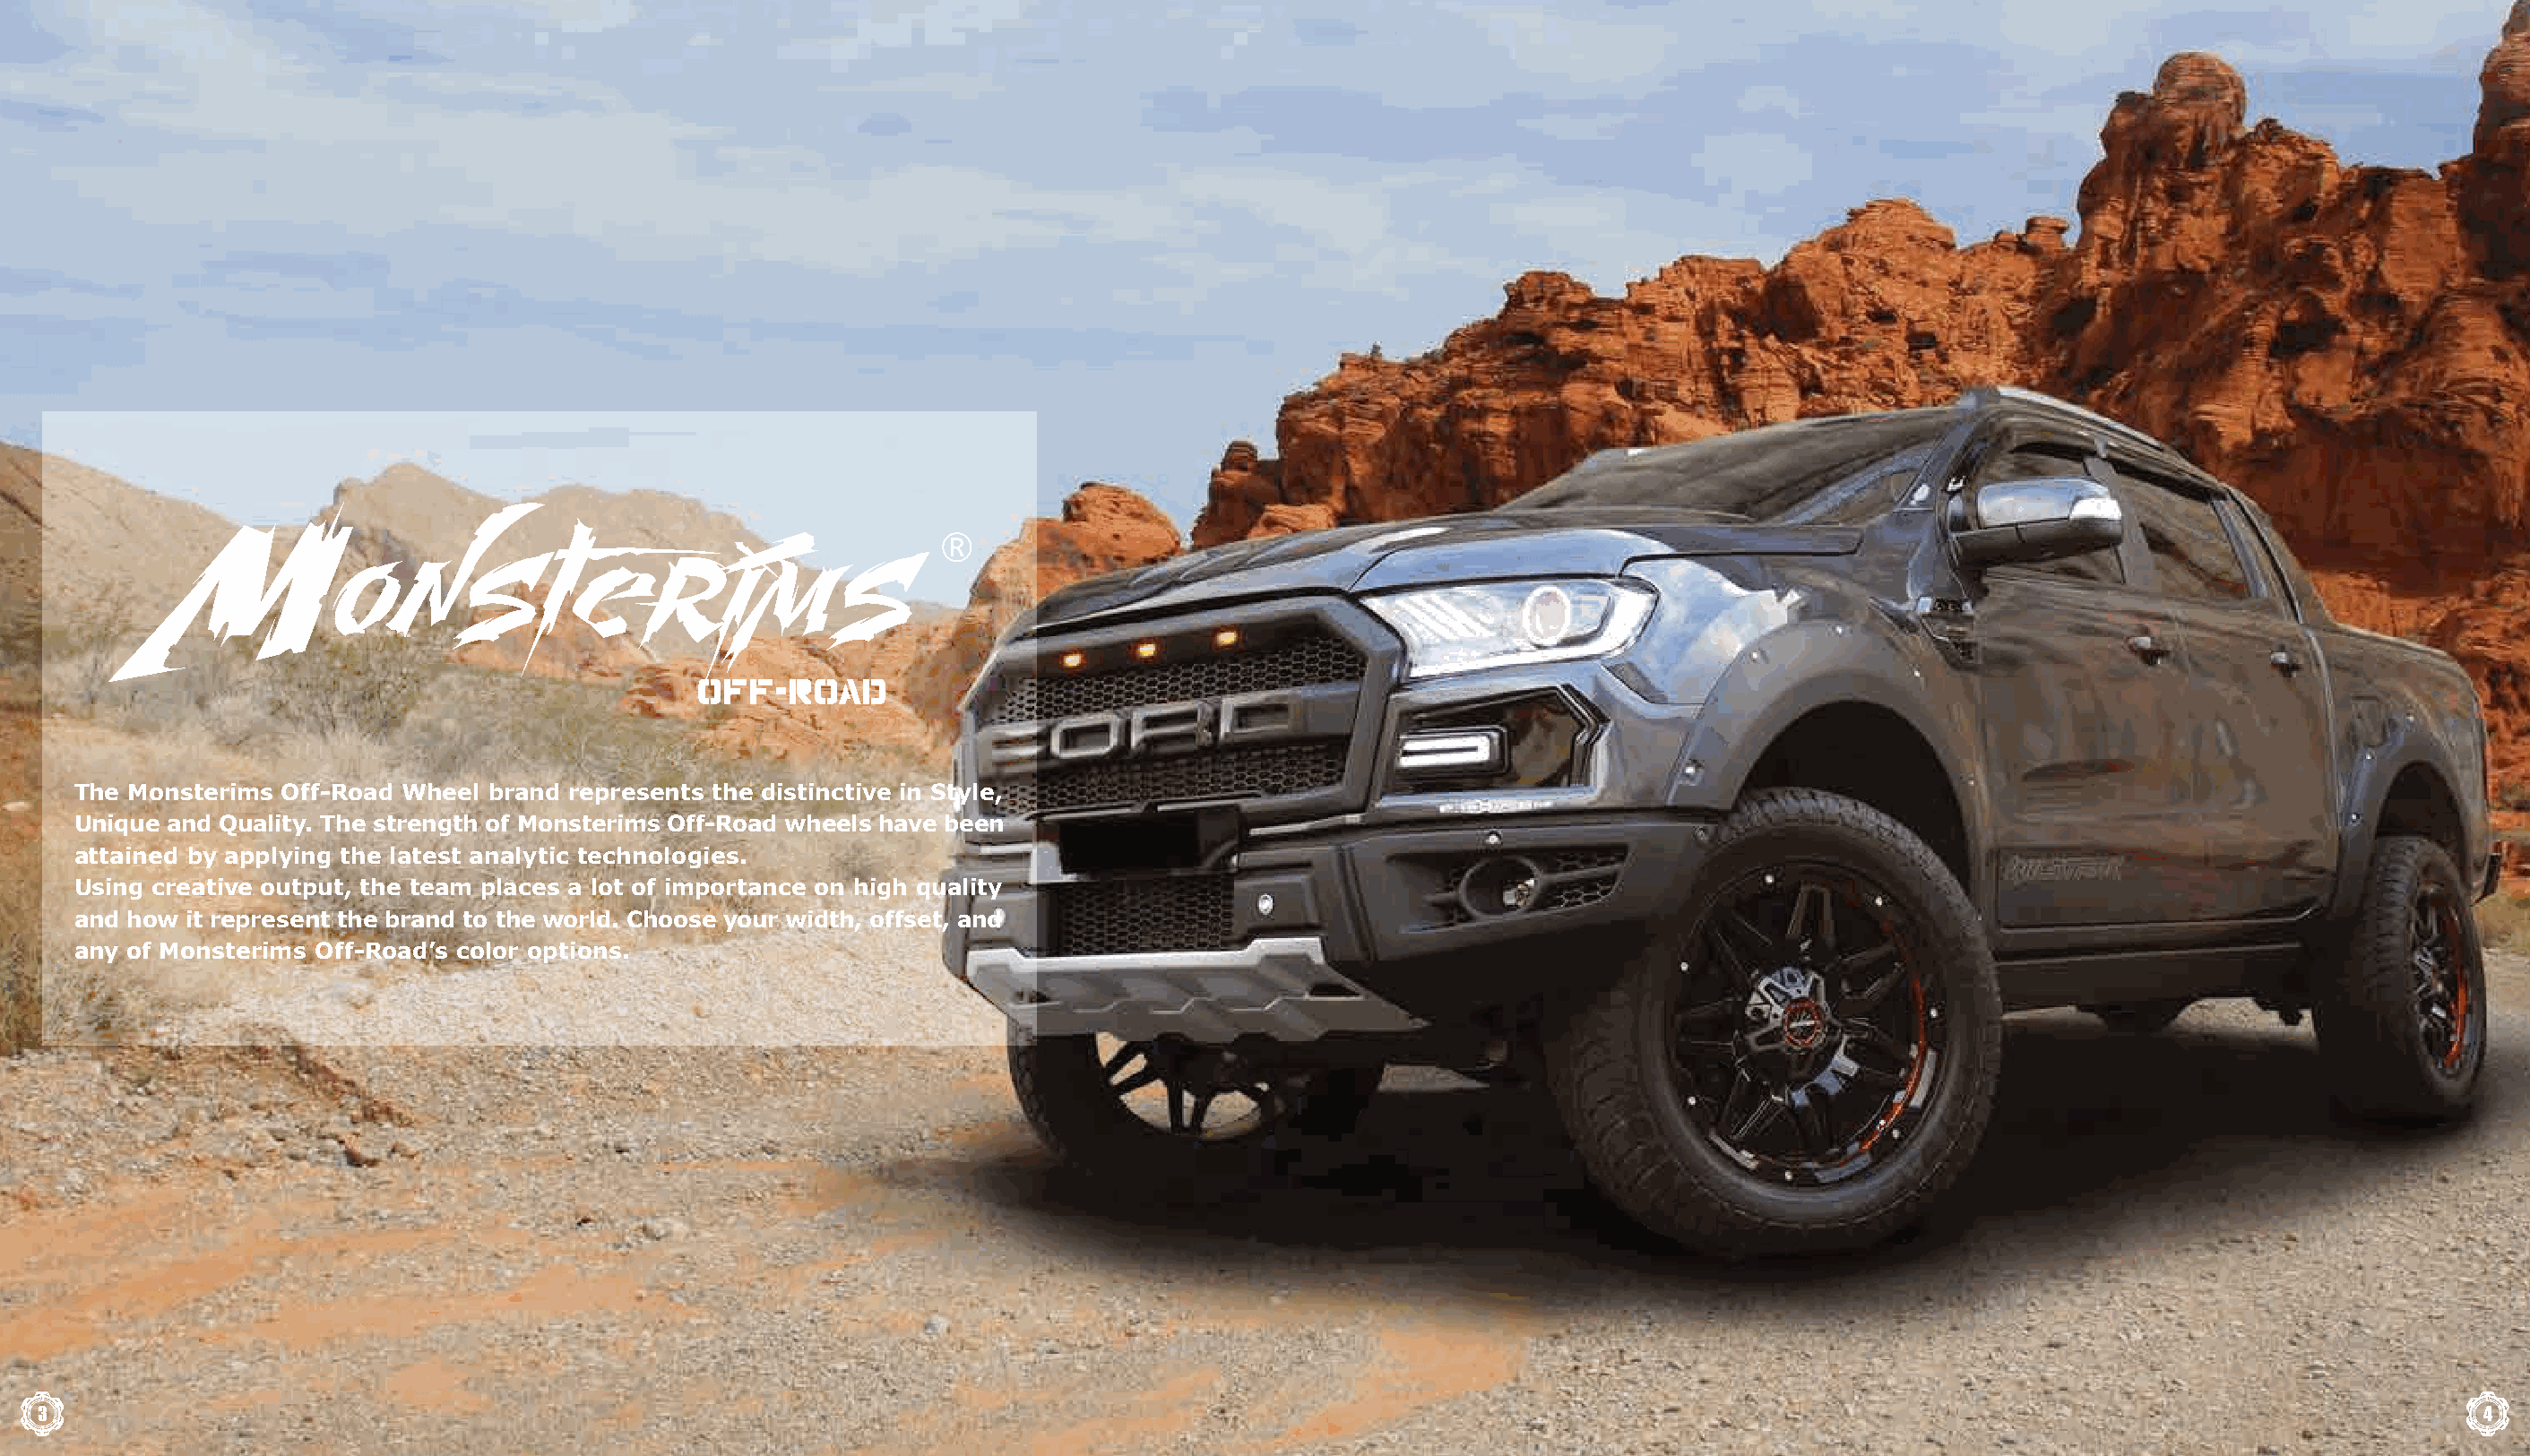
The Monsterims  Off-Road Wheel brand represents the distinctive in Style,
 Unique and Quality. The strength of Monsterims Off-Road wheels have been
 attained by applying the latest analytic technologies.
 Using creative output, the team places a lot of importance on high quality
 and how  it represent the brand to the world. Choose your width, offset, and
 any of Monsterims Off-Road’s color options.
 3                                                                                                                                                                                   4